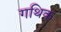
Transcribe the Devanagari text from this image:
गथिक